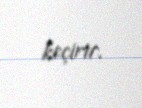
keçirir.